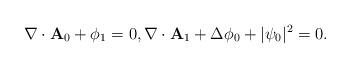
LaTeX: \begin{align*}{\displaystyle \nabla\cdot\mathbf{A}_{0} + \phi_{1} =0, \nabla\cdot\mathbf{A}_{1} +\Delta\phi_{0} + \vert\psi_{0}\vert^{2} =0.}\end{align*}